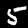
Digit: 5